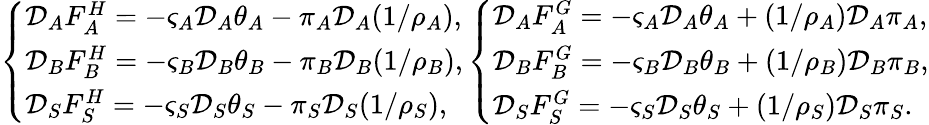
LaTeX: \left\{ \begin{array}{ll}{\mathcal{D}_{A}F_{A}^{H}=-\varsigma_{A}\mathcal{D}_{A}\theta_{A}-\pi_{A}\mathcal{D}_{A}(1/{\rho_{A}}),}\\ {\mathcal{D}_{B}F_{B}^{H}=-\varsigma_{B}\mathcal{D}_{B}\theta_{B}-\pi_{B}\mathcal{D}_{B}(1/{\rho_{B}}),}\\ {\mathcal{D}_{S}F_{S}^{H}=-\varsigma_{S}\mathcal{D}_{S}\theta_{S}-\pi_{S}\mathcal{D}_{S}(1/{\rho_{S}}),}\end{array}\right.\left\{ \begin{array}{ll}{\mathcal{D}_{A}F_{A}^{G}=-\varsigma_{A}\mathcal{D}_{A}\theta_{A}+(1/{\rho_{A}})\mathcal{D}_{A}\pi_{A},}\\ {\mathcal{D}_{B}F_{B}^{G}=-\varsigma_{B}\mathcal{D}_{B}\theta_{B}+(1/{\rho_{B}})\mathcal{D}_{B}\pi_{B},}\\ {\mathcal{D}_{S}F_{S}^{G}=-\varsigma_{S}\mathcal{D}_{S}\theta_{S}+(1/{\rho_{S}})\mathcal{D}_{S}\pi_{S}.}\end{array}\right.